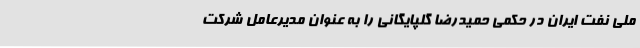
ملی نفت ایران در حکمی حمیدرضا گلپایگانی را به عنوان مدیرعامل شرکت